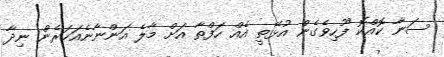
ސަނާ ކޮއްކޮ ފޫހިވެގެން އުޅޭތީ އެއް ހަފްތާ އަށް މާލެ އަންނާނެއަހަރެން ނިދާ